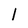
Character: l